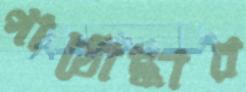
পাঠোদ্ধার